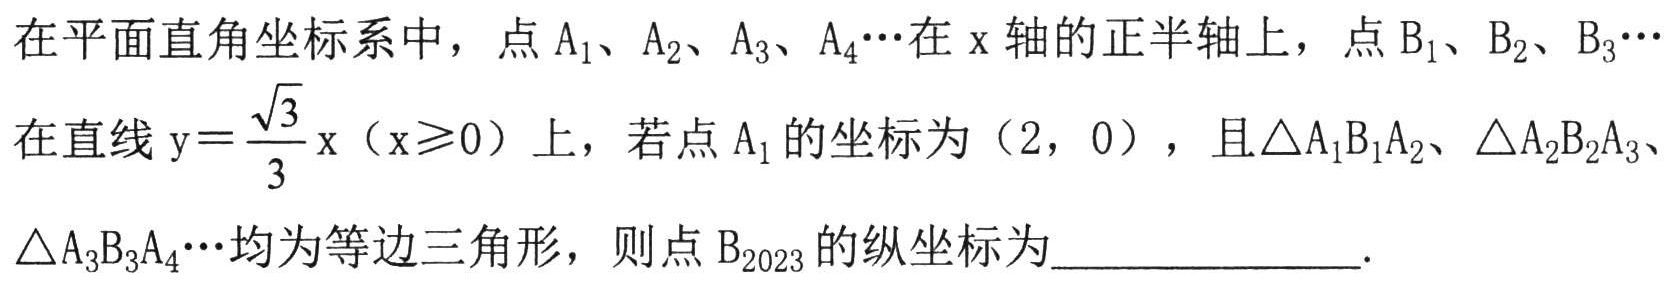
在平面直角坐标系中，点\(A_{1}、A_{2}、A_{3}、A_{4}\cdots\)在\(x\)轴的正半轴上，点\(B_{1}、B_{2}、B_{3}\cdots\)在直线\(y = \frac{\sqrt{3}}{3}x\)（\(x\geqslant0\)）上，若点\(A_{1}\)的坐标为\((2, 0)\)，且\(\triangle A_{1}B_{1}A_{2}\)、\(\triangle A_{2}B_{2}A_{3}\)、\(\triangle A_{3}B_{3}A_{4}\cdots\)均为等边三角形，则点\(B_{2023}\)的纵坐标为  .